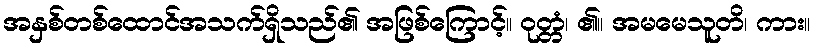
အနှစ်တစ်ထောင်အသက်ရှိသည်၏ အဖြစ်ကြောင့်။ ဝုတ္တံ၊ ၏။ အမမေသူတိ၊ ကား။